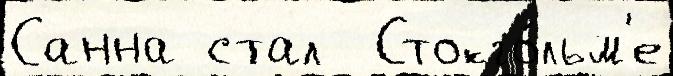
Санна стал  Стокго́льм'е